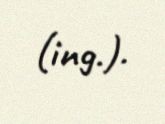
(ing.).